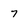
Character: 7